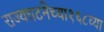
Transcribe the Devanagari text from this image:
राज्यघटनेच्या१६८व्या